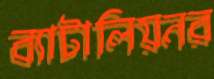
ব্যাটালিয়নর